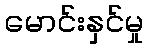
မောင်းနှင်မှု